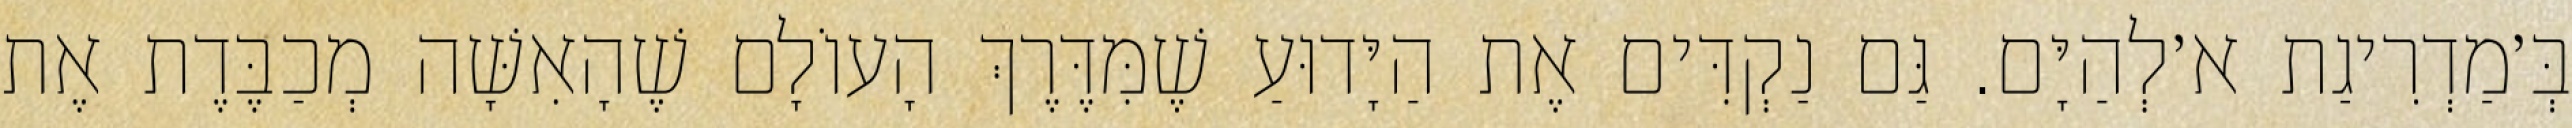
בְּ׳מַדְרִיגַת א׳לְהַיָּם. גַּם נַקְדִּים אֶת הַיָּדוּעַ שֶׁמִּדֶּרֶךְ הָעוֹלָם שֶׁהָאִשָּׁה מְכַבֶּדֶת אֶת